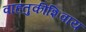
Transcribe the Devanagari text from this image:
वाहतुकीशिवाय